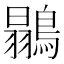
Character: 𪄚